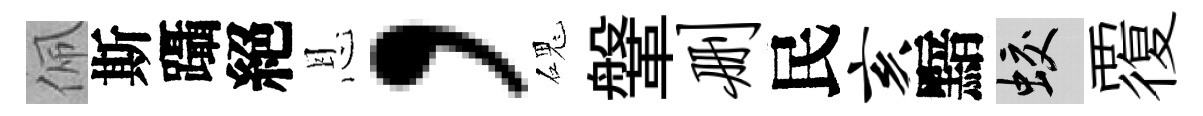
佩斯躡絕恩，磈鞶删民亥黯蛟覆